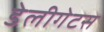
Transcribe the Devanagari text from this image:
डेलीगेटस